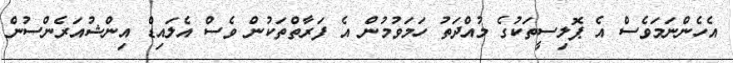
އެހެންނަމަވެސް އެ ޕޮލިސީތަކުގެ މުއްދަތު ހަމަވުމުން އެ ފަރާތްތަކުން ވެސް އެލައިޑް އިންޝުއަރެންސުން